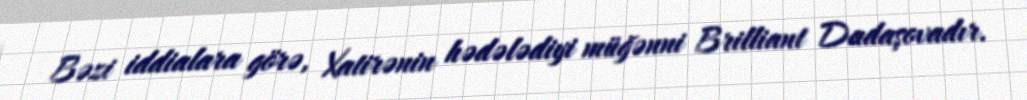
Bəzi iddialara görə, Xatirənin hədələdiyi müğənni Brilliant Dadaşovadır.